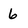
Character: 6